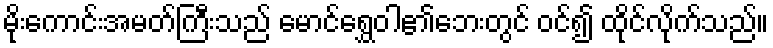
မိုးကောင်းအမတ်ကြီးသည် မောင်ရွှေဝါ၏ဘေးတွင် ဝင်၍ ထိုင်လိုက်သည်။